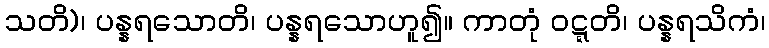
သတိ)၊ ပန္နရသောတိ၊ ပန္နရသောဟူ၍။ ကာတုံ ဝဋ္ဋတိ၊ ပန္နရသိကံ၊